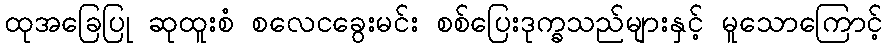
ထုအခြေပြု ဆုထူးစံ စလေငခွေးမင်း စစ်ပြေးဒုက္ခသည်များနှင့် မူသောကြောင့်